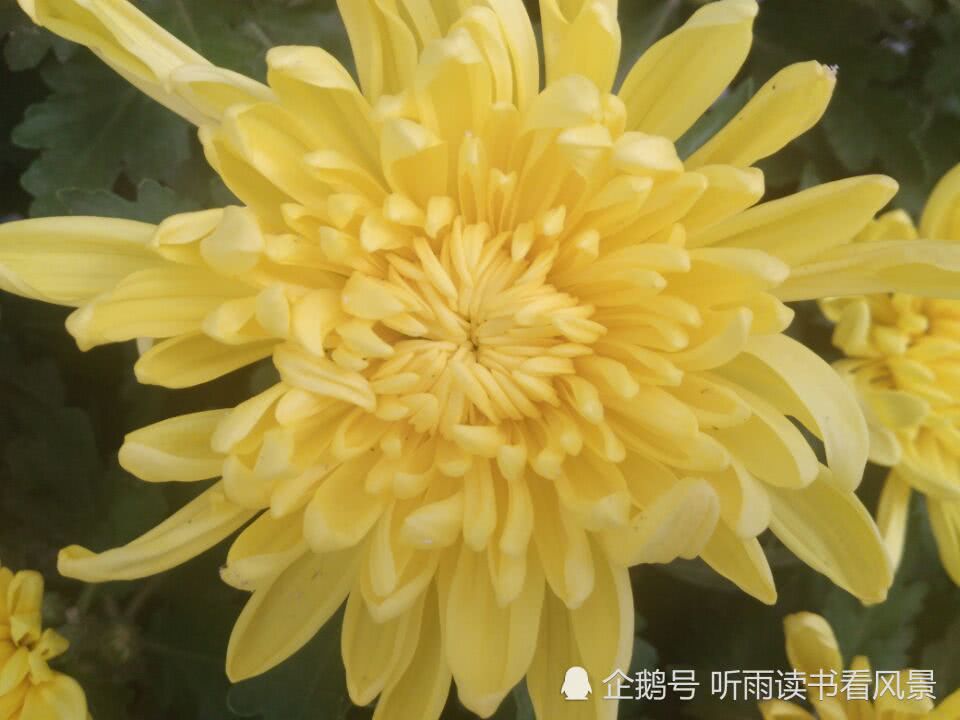
马穿山径菊初黄，信马悠悠野兴长。